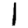
Digit: 1